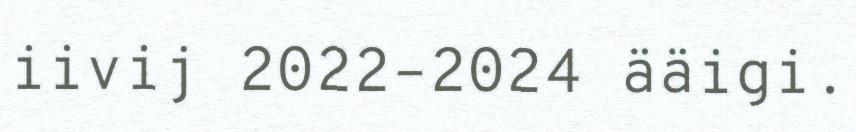
iivij 2022–2024 ääigi.